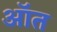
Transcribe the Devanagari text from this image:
ऑत